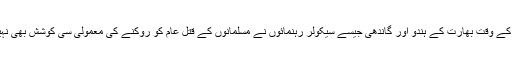
آزادی کے وقت بھارت کے ہندو اور گاندھی جیسے سیکولر رہنمائوں نے مسلمانوں کے قتل عام کو روکنے کی معمولی سی کوشش بھی نہیں کی۔